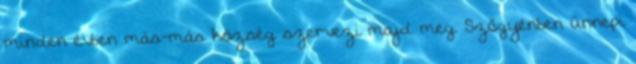
minden évben más-más község szervezi majd meg. Szőgyénben ünnepi